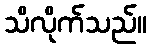
သိလိုက်သည်။